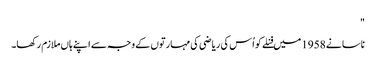
"
ناسا نے 1958 میں فنلے کو اُس کی ریاضی کی مہارتوں کے وجہ سے اپنے ہاں ملازم رکھا۔